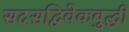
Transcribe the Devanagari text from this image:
सदसद्विवेकबुद्धी